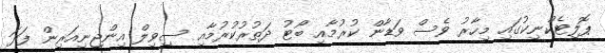
ޕޮލިޓެކްނިކުގައި މިހާރު ވެސް ވަޑާން ކުރުމާއި ބޯޓު ދަތުރުކުރުމާއި ސިވިލް އިންޖިނިއަރިން ފަދަ